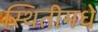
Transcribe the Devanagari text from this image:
स्थितीमधे